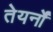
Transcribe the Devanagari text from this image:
तेयर्नों